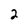
Character: 2